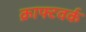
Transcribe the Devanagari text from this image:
क्राफ्टवर्क